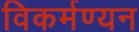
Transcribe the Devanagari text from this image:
विकर्मण्यन